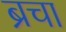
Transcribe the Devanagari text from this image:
ब्रचा